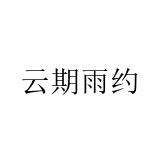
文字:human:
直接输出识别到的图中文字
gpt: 云期雨约